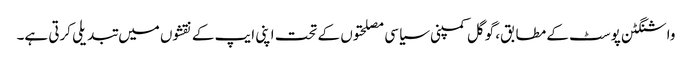
واشنگٹن پوسٹ کے مطابق، گوگل کمپنی سیاسی مصلحتوں کے تحت اپنی ایپ کے نقشوں میں تبدیلی کرتی ہے۔